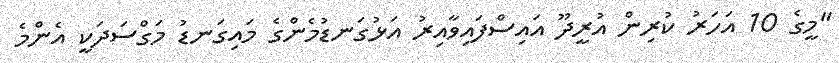
"މީގެ 10 އަހަރު ކުރިން އުރީދޫ އައިސްފައިވާއިރު އަޅުގަނޑުމެންގެ މައިގަނޑު މަގްސަދަކީ އެންމެ